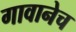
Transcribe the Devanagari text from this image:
गावानेच